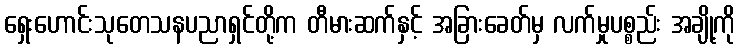
ရှေးဟောင်းသုတေသနပညာရှင်တို့က တီမားဆက်နှင့် အခြားခေတ်မှ လက်မှုပစ္စည်း အချို့ကို